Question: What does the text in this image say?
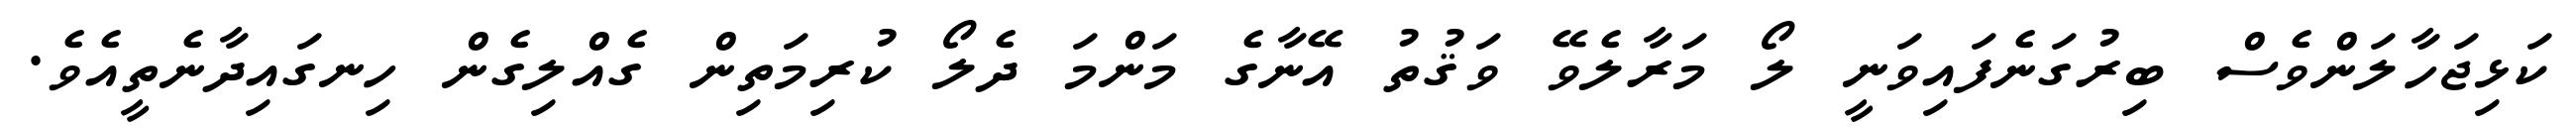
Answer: ކަޅިޖަހާލަންވެސް ބިރުގަނެފައިވަނީ ލޯ މަރާލެވޭ ވަޤުތު އޭނާގެ މަންމަ ދެލޯ ކުރިމަތިން ގެއްލިގެން ހިނގައިދާނެތީއެވެ.